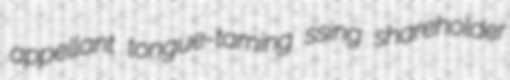
appellant tongue-taming ssing shareholder